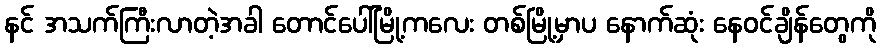
နင် အသက်ကြီးလာတဲ့အခါ တောင်ပေါ်မြို့ကလေး တစ်မြို့မှာပ နောက်ဆုံး နေဝင်ချိန်တွေကို